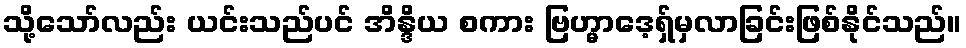
သို့သော်လည်း ယင်းသည်ပင် အိန္ဒိယ စကား ဗြဟ္မာဒေ့ရှ်မှလာခြင်းဖြစ်နိုင်သည်။